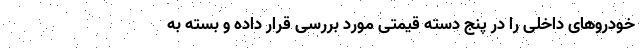
خودروهای داخلی را در پنج دسته قیمتی مورد بررسی قرار داده و بسته به